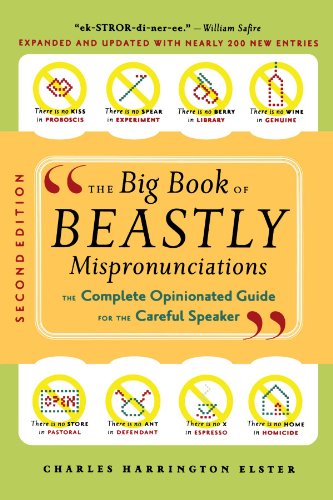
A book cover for The Big Book of Beastly Mispronunciations: The Complete Opinionated Guide for the Careful Speaker; Charles Harrington Elster; Reference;